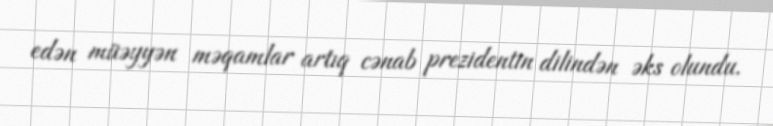
edən müəyyən məqamlar artıq cənab prezidentin dilindən əks olundu.